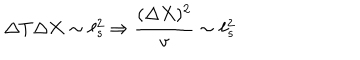
\Delta T \Delta X \sim \ell _ { s } ^ { 2 } \Rightarrow { \frac { ( \Delta X ) ^ { 2 } } { v } } \sim \ell _ { s } ^ { 2 }